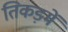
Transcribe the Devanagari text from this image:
तिकड़में